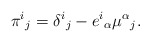
\begin{align*}\pi^i{}_j = \delta^i{}_j - e^i{}_\alpha \mu^\alpha{}_j.\end{align*}